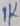
Text: 1K